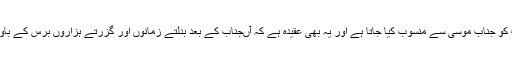
سامری عقائد کے مطابق ابتدائے سامریت کو جناب موسیٰ سے منسوب کیا جاتا ہے اور یہ بھی عقیدہ ہے کہ آںجناب کے بعد بدلتے زمانوں اور گزرتے ہزاروں برس کے باوجود اس مذہب میں کوئی تبدیلی نہیں ہوئی۔